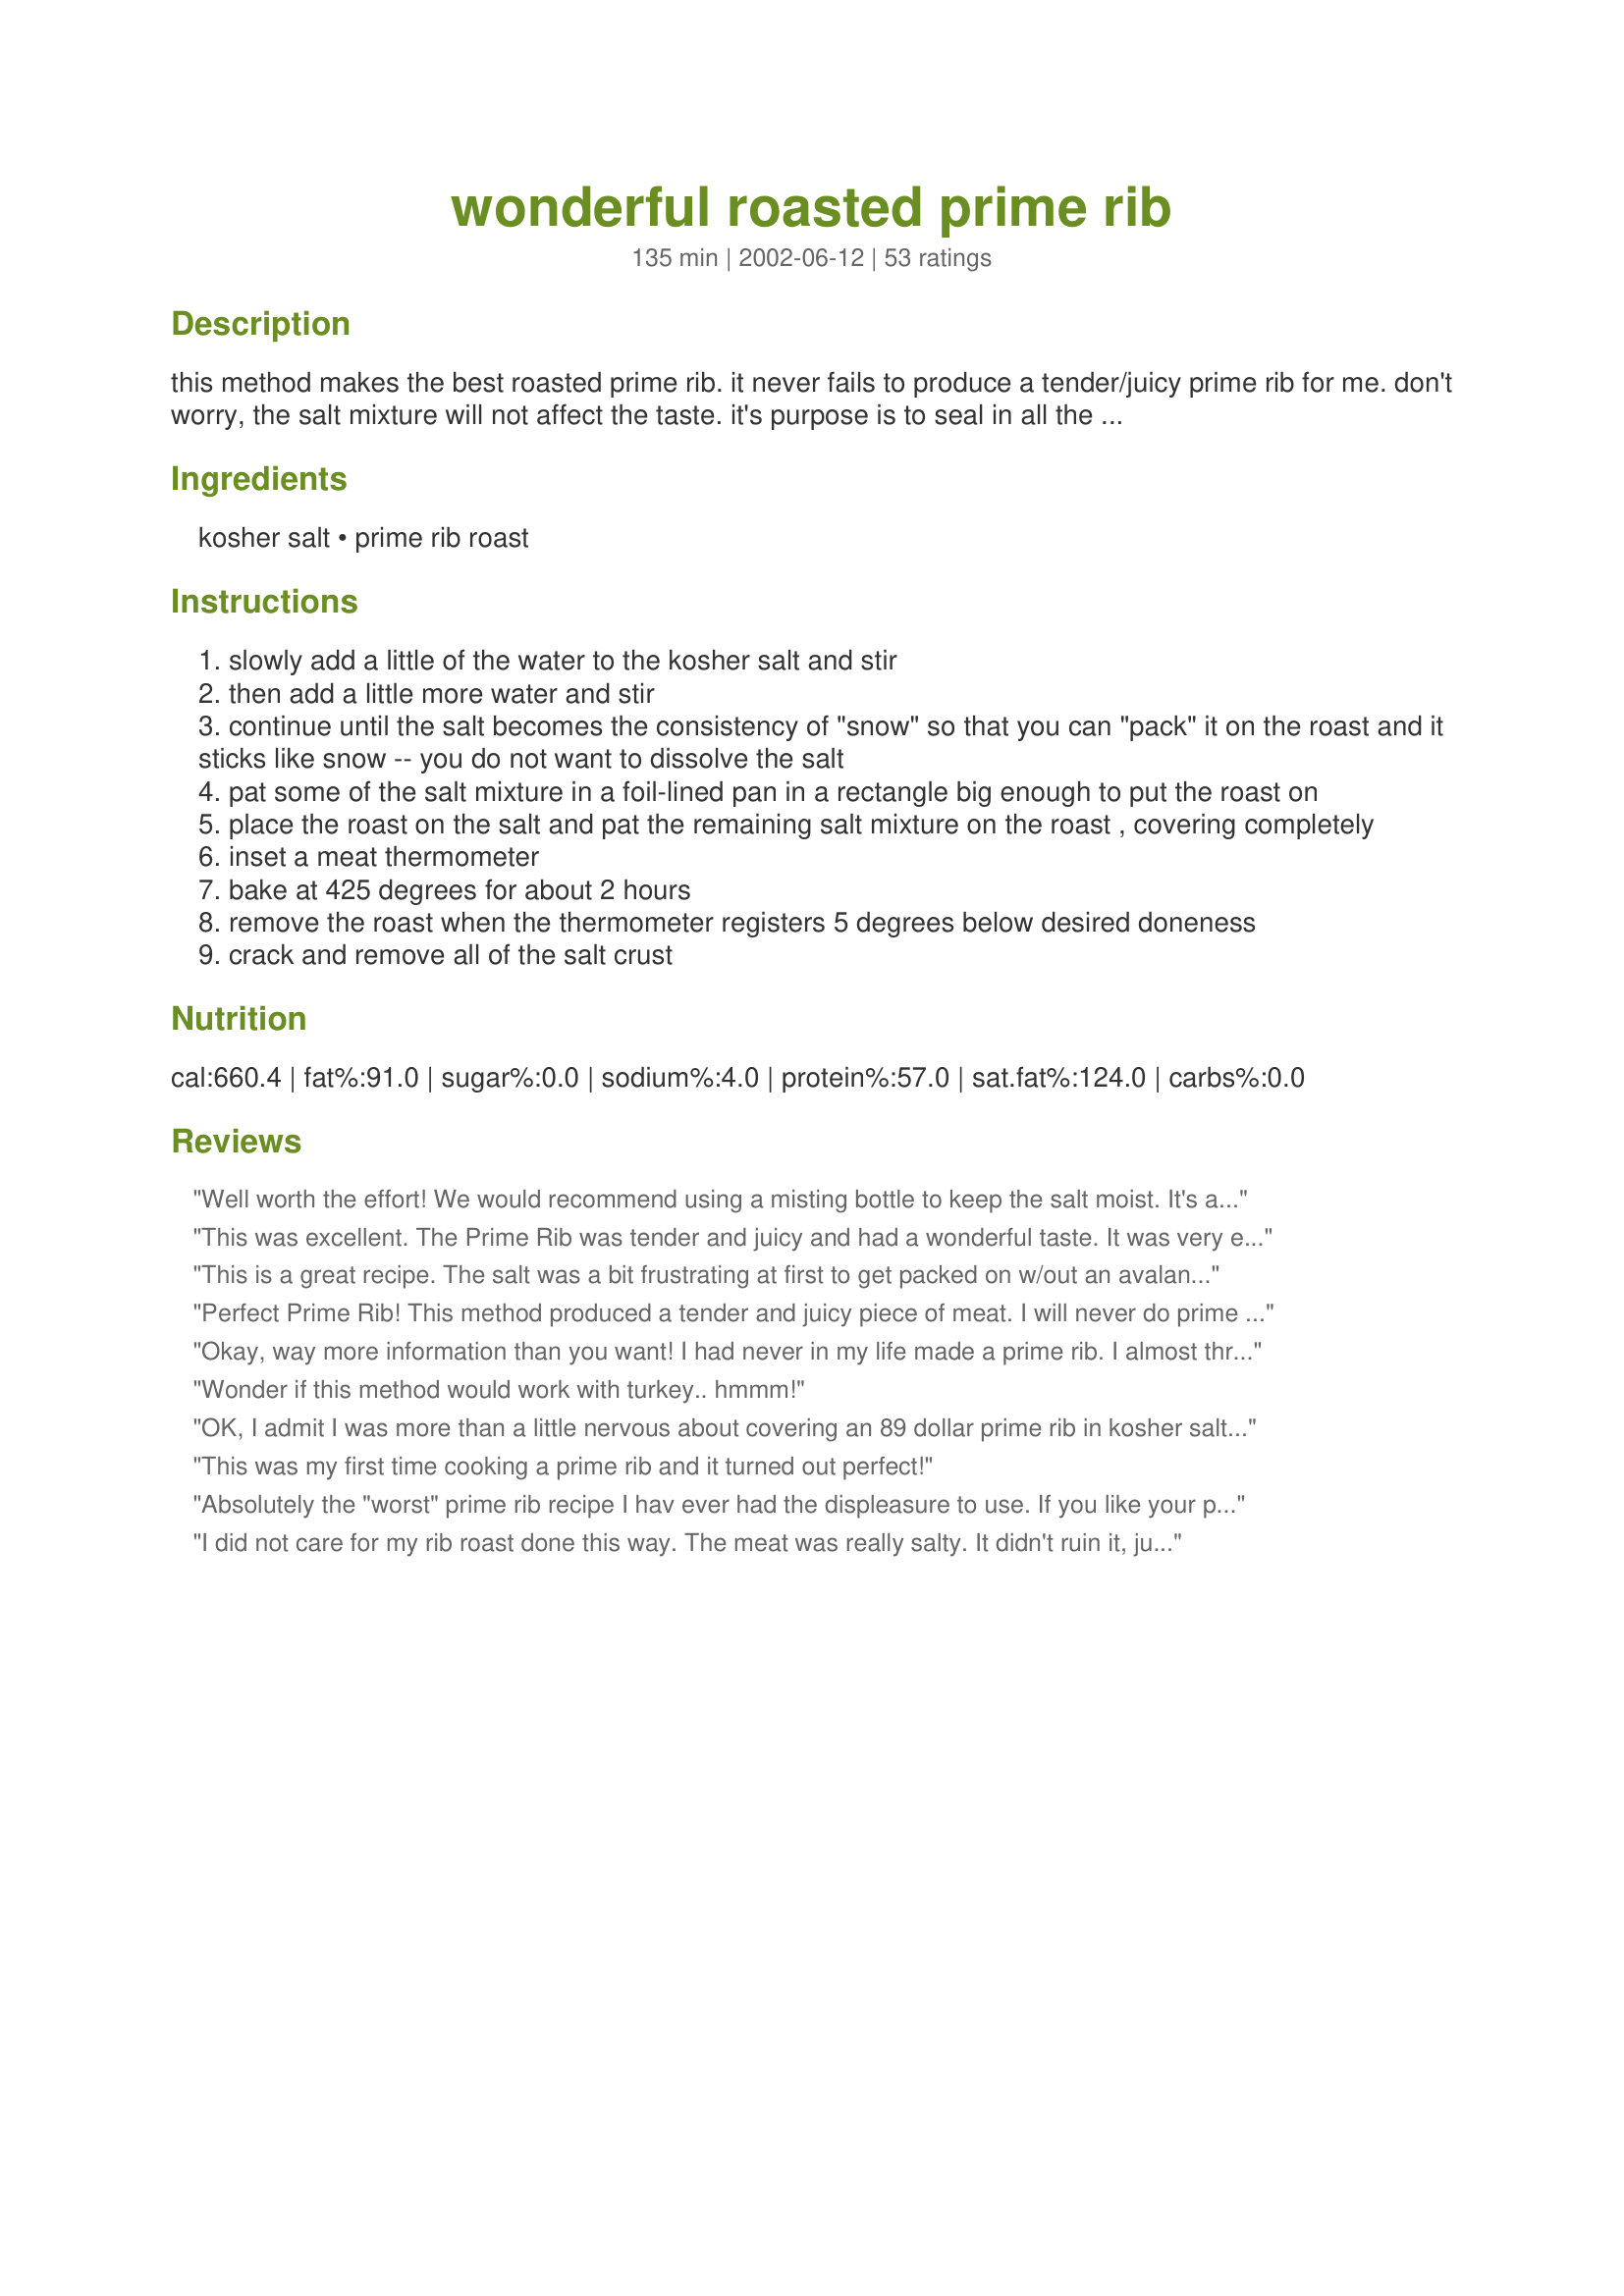
wonderful roasted prime rib
Preparation time: 135 minutes

this method makes the best roasted prime rib. it never fails to produce a tender/juicy prime rib for me. don't worry, the salt mixture will not affect the taste. it's purpose is to seal in all the flavor and juices.

Ingredients:
kosher salt, prime rib roast

Steps:
slowly add a little of the water to the kosher salt and stir
then add a little more water and stir
continue until the salt becomes the consistency of "snow" so that you can "pack" it on the roast and it sticks like snow -- you do not want to dissolve the salt
pat some of the salt mixture in a foil-lined pan in a rectangle big enough to put the roast on
place the roast on the salt and pat the remaining salt mixture on the roast , covering completely
inset a meat thermometer
bake at 425 degrees for about 2 hours
remove the roast when the thermometer registers 5 degrees below desired doneness
crack and remove all of the salt crust

Reviews:
Well worth the effort! We would recommend using a misting bottle to keep the salt moist. It's a bit hard to balance between too dry & just right. Will definitely make this again!
This was excellent. The Prime Rib was tender and juicy and had a wonderful taste. It was very easy to prepare. It got rave reviews at my dinner party.
This is a great recipe. The salt was a bit frustrating at first to get packed on w/out an avalanche occurring, but I managed. It is no hassel after that. Just set in oven and Fahgetaboutit! I will add garlic slivers next time for added flavor. The roast was so tender, I will definately make this again. I let my roast sit out for 3 hours to come up to room temp. before putting in oven... I know the health dept. would go crazy over this, but we survived!
Perfect Prime Rib! This method produced a tender and juicy piece of meat. I will never do prime rib any other way. I agree with Laurita, its like packing snow on a piece of meat. What a riot!
Okay, way more information than you want! I had never in my life made a prime rib. I almost threw up when I received my $78.00 6 pound prime rib roast. Hyperventilating I tried my darndest to encase in the 3 pounds of salt "snow". It took me 30 minutes to get it saturated. 30 minutes into the oven, the salt crust had developed significant breakages which I called "windows". I was now terrified that I had just ruined $78.00 worth or meat. NOT! It was/is delicious. Will make again as soon as I find a big wad of extra cash.
Wonder if this method would work with turkey.. hmmm!
OK, I admit I was more than a little nervous about covering an 89 dollar prime rib in kosher salt, but I bit the bullet and it was probably the best I've ever eaten, let alone made. I had no problems with getting the salt crust to stick and after exactly 2 hours as stated a 7 lb prime rib was done to perfection. THANX!
This was my first time cooking a prime rib and it turned out perfect!
Absolutely the "worst" prime rib recipe I hav ever had the displeasure to use. If you like your prime rib to be steamed, you'll just love this. Nothing at all like I had imagined it. I usually sear my prime rib at a highrt oven temp, then turn it down and slow roast with a garlic/rosemary and EVOO brushed on it, 20 min per lb and it comes out perfect every time. Thank God, I did not do this for Christmas dinner, but rather to celebrate a Baltimore Ravens play-off victory. I think even a raven would of scorned this "pot roast". Never again!!!
I did not care for my rib roast done this way. The meat was really salty. It didn't ruin it, just way too salty for my taste. Also, the roast looked beautiful, medium rare, but it was really dry. I would not try this again.
This is by far the best Prime Rib recipe I have found, I'll ber honest the salt threw me for a little, but it has no ill effects on the taste.
This one is a keeper for life..
Hello Merlot;
It took me a long time to decide to try and cook the marvelous Prime Rib as per your recipe.
Well, the results were absolutely fantastic. Amazing how the salt forms a crust on the roast.
I enjoy the roast medium-rare and I must say, this is exactly how it turned out.
Being a lover of garlic, I inserted many garlic pieces in the roast. Oh yes, the Prime Rib was 7 1/2 pounds, with bone ribs.
I cooked mine in the Ron Popiel Barbecue Rotissiere, and it was done to perfection.
I always cooked a good roast, but this method beats mine all to heck.
So, I have no choice now, but to cook it your way. YUMMY GOOD!!
Thank you for sharing.
"Uncle Bill"
I had never made anything similar to this prior to coming across this recipe. This was by far the easiest dish I've ever made for company. I chose an 8lb roast, prepared the salt covering, stuck a thermometer in it and cooked it until it reached 160 degrees, which was a little over 2 hours. Everyone loved it, the meat was tender and juicy, and the roast was swollen with all of the juice trapped inside due to the salt crust. This recipe is definitely worth trying.
This was my first year cooking a roast that was covered with salt. I had a 9 lb boneless roast. Instead of cooking it at 425 I wanted to cook it on a lower temperature so that the roast would cook inside and out at the same time....pink from outside to the center. I cooked it on 350 for 2 and 30 minutes and it was the juciest and tastiest meat I have ever had. Thank you so much for the great recipe. I will continue to cook my prime rib this way for years to come.
I've used a recipe very similar to this one for years that I got from a Chef at Conrad Hilton College. This one is dead on. One side note, you can also add either egg whites or a little flour as a binding agent to help hold the salt together.
I fixed this for Christmas last year and it was FANTASTIC! Unfortunately, I can't remember if I used a rolled or standing roast. Which is better?
Wow! this recipe made Christmas dinner even more spectacular. We just did as it said, didn't add any additional seasonings, and it was delicious! Probably will always do it just like this.
As others have stated, I was a bit nervous is trying this, but I shouldn't have been! This makes the best prime rib and it didn't need any extra seasonings. I did have some trouble getting the salt to stick, and was nervous when after an hour I peeked into the over and discovered that some of the salt crust had cracked off. But I shouldn't have worried, it was absolutely perfect. Thank you!
Hi Merlot!! As you know I fixed your prime rib and it didn't work.
Well the reason it didn't work I didn't "do" it right--lol
Had the butcher cut me a 5 lb roast,used the whole 3 lb box of kosher salt.I did have a bit of trouble keeping the salt on the sides of the roast.Anyway it came out perfect.The salt looked like a mold when I cracked it off the roast--cool :0)
I will never make my prime rib any other way.
Thank you so much for sharing your recipe:0)
This makes the best prime rib ever! The shell of salt is also fun to take off at the end making it fun to make and great to eat!
This roast is SUPERB! My husband and I invite people over to our home so we have an excuse to prepare this delicious meal! The salt really seals in the flavor and makes the meat incredibly tender. Thanks for this great post, Merlot!
Excellent Prime Rib! My husband of 18 years told me this was the best meal I'd ever prepared... The salt was a little bit of a pain, but eventually I got it to stick. In the oven the salt cocoon did crack, but the finished product was tender and juicy so it must not have made a difference.
I've got to admit this one takes alot of courage to make!

I cooked a 14 lb Prime rib and what an amazing flavor. It took 9 lbs of Kosher Salt to cover it all!

*note*

Salt should be removed BEFORE covering with foil to rest, otherwise it will keep on cooking inside the salt crust!

Thank You Merlot, for this awesome recipe! 5 starsplus!
This was an awesome easy to follow recipe. The taste was wonderful! My family now wants me to make this monthly. Thanks so much!
Just had to all the wonderful reviews! Just took it out of the oven and OMG - it tastes wonderful!
My first attempt at Prime Rib making it at home. All I have to say is "Outback who?"!!!!!!!! Perfect!
This was my first attempt at prime rib and it turned out great! We thought the salt was crazy, but there were enough good comments that we did it. I think I got the salt a bit too wet and you'll want to avoid doing that. Enough of it stuck to the roast to do the job. Mine was just over 6 lbs and took just over 2 hours. Fabulous!
This is the best prime rib I have ever had. It was so tender and full of flavor. Thanks Merlot for posting this recipe. It is a keeper.
I want to report that this works wonderfully with other cuts of beef besides prime rib. I had a piece of eye round, just short of four pounds, and gave this a try. It was far and away the BEST beef I have ever roasted! This is a fun and effective cooking method and really gives such great flavor and tenderness and juiciness to the meat. Great recipe, Merlot!
Me and my husband tryed this recipe for our first time making Prime Rib and didnt enjoy it at all....and the salt soaks up all your juice if you wanted to use it for your Au jus sauce....so just something to think about!
It is very hard to get the salt to stick to the meat but once it does it works out fine. It was very scary to put all that salt on such good meat but it doesn't effect the tatse at all...at least not for the bad. i sliced small holes into the meat and inserted garlic coves in it. Then I peppered it before I put the salt on it. I must say all of my dinner guests said that it was better than resurant quality and I agree.
I'm no Julia Childs by any means! The kosher salt mix really scared me but to my surprise...VOILA!!! My family loved it and i'm so glad i tried it. THIS IS ABSOLUTELY THE BEST
The best prime rib on the planet. OMG!!! I made this while on vacation in Hawaii, for my parent's anniversary party. My husband, who is always trying to get in my business, thought I was going to ruin it with all the salt. This was yet another opportunity for me to prove him wrong. ;) We like our meat medium so I took it out at 155 and it was a perfect pale pink on the inside and very juicy. I made an au jus to go with it. A feast fit for kings. Thank-you Merlot.
Okay, I've been getting recipes off this site for years, but never signed up. YOU MADE ME WANT TO!!! My husband told me I was crazy for ruining a perfectly "expensive" piece of meat with all that salt. I struggled with whether I was going to do it or not. I wanted a non-traditional Thanksgiving meal, and that Prime Rib set it off!!! It was absolutely scrumptious.... (I was hiding it from my guests) lol
I'm a believer!! I used a prime rib cut that I had bought on sale so I wouldn't feel as bad if it didn't work out. When I took the roast out of the oven, my hubby said "WHAT is THAT?" After we finished dinner he said "THAT was GOOD!" Thanx for another winner Merlot!
After looking at all the reviews, I tried this recipe. It looked really promising. 

We could not get the salt to stick to meat for anything. Fortunately, we had a box and a half of Morton's Kosher Salt to work with, but it was so hard to do. We tried wetter, we tried drier, it just wasn't working.

Flash forward almost an hour. of attempting crust....

Once we had finally semi-decent crust, I put my prime rib in the oven at 425 for an hour and a half because the recipe called for two hours for 4-6 pounds and my cut was 3 pounds. I was horrified to see the meat thermometer at 170 when I checked after 90 minutes!

The crust was crusty, but a bunch of the salt stuck to the meat, and despite a good amount of scraping, it was stilll really salty. And WAY overcooked. 

I ruined a pricey piece of meat and a NYE dinner for this recipe. I was terribly disappointed.
This was my first attempt at prime rib and salt incrusting. It turned out wonderful./ A lot better than many I have had in restaurants. I did shove several cloves of garlic into the roast before applying the salt.
I did have a little trouble getting the salt to stick. Next time maybe use a pan that is close to the size of the roast and let the sides of the pan help hold the salt on.
This recipe made a perfect, juicy, delicious prime rib! It was easy to make, but since my roast was smaller sized, it got a little overdone for my taste, but was still delicious!
This was great, but you definitely need to add a generous amount of pepper on this roast before packing on the salt.
Excellent, first time I made Prime Rib. Was a little skeptical about salt, was surprised tender and juicy tasting
this IS the only way to do prime rib. My mother will only eat my prime rib now.
I wasn't going to make this because I didn't have a full box of kosher salt. But then I realized my roast was only 3 1/2 lbs so I went ahead and made it! I had more than enough kosher salt. It was the best prime rib I've made!! I think next time I may poke it with some garlic cloves. We have enough leftover to have another dinner tonight!
Wow! This was the best Prime Rib I've ever made! I fixed it for our Christmas dinner this year and was very pleased with the results. For years, our very favorite restaurant in Seattle is a place that fixes their prime rib this way. I never thought I'd be able to duplicate the meal at home. The only thing I did differently was that I sprinkled the roast with some garlic powder before I added the salt crust. This will definitely be made often in the future!
Made this twice now and its a wonderful way to do a roast. The second time I added rosemary, garlic and freshly ground pepper. Also had a smaller size roast and there for used less salt. This is fun to prepare and to serve. Thanks for posting this Merlot!
Like everyone says, sounded kind of wierd, but why not try it? While in Spain, they used to do a very similar thing to whole fish. They would be covered with a very hardcoat of salt (like this), they bring it to the table and break it off. You would think that you would choke from the salt taste. That's what's so neat, it doesn't have one. I have never prepared prime rib at home, and this is a pretty easy way to do it. I have the problem of husband preferring medium, I like rare. So, I pulled it out at about 135, apparently, it continues to cook while it sits. It came out a perfect medium rare, so tender and tasty. Nice compromise. I may add some spices (maybe a Jamaican Jerk blend)around the fat edges before covering it with salt the next time, just for kicks. Putting the salt on is kind of like packing snow on, kind of wierd, but it works and speeds up the cooking time without sacrificing tenderness. I made the horseradish sauce from Miss Annie's recipe and an au jus. This was better than any restaurant prime rib!
Well I can't say enought about the awesome method to cook a prime rib. I, as others were, was horrified about ruining a $90 piece of meat, but after reading all of the reviews, I felt a little more comfortable about it. I thought Dave was going to have a heart attack. He took about 50 photos because as he said "I want to document this $90 cooking experience". The meat was absolutely the best I have ever made. Full of juice and flavor. I made slits all over the meat and inserted slits of garlic. Sprinkled the meat with fresh ground pepper and fresh cut rosemary. What a great Thanksgiving we had. Only problem, and there always seems to be with me is my meat thermometer was defective and at 2 hours it was a little more done that I had hoped for, but still the flavor was all there. Thanks Merlot for a fabulous meal.
I bought a 2.5 lb. prime rib for the two of us and used most of a full box of salt. The prime rib was delicious! It is scary to put all that salt on such expensive meat, but it is definitely worth it in the end. I cooked it to 140 and it was a perfect medium rare. Thanks!
After trying a few different methods for prime rib found on 'Zaar, I've now successfully used this twice for holiday meals. Its the only way I'll cook this expensive cut of meat from now on. Only change is that I insert cloves of garlic thru slits in the meat 24 hours before making the roast. The salt keeps it tender and juicy while adding mild flavoring to the slightly garlicky taste of the roast. My family prefers this home version to any we've had at the high-end restaurants! Thanks for sharing, Merlot!
Just came back to look at this recipe, as I am going to make it a second time. Apparently, I forgot to review it the first time. Superb. As with everyone else, the salt thing struck me as weird... but it behaves as promised. Thanks. :) Using it again this Sunday! Edit: Used it successfully a second time. Thanks! Edit: I never use any other for a good quality prime rib. Got one at Wegmans last weekend. MmMMmMm
Just had to try this method of cooking prime rib. Never made a salt slurry before and I may have added to much water because it kept sliding off the roast. 
Got it together and the roast was great. Served it with yorkshire pudding and caesar salad. Dinner guests raved. Next time I may season the roast with some garlic and black pepper.
Great way to make a prime rib. I got rave reviews. Thanks for an easy and yummy recipe.
Wow was this excellent! This turned out really juicy and the method was very unique! The outside was just a tad salty but it didn't stop me from eating it. Thanks!
This is a GREAT recipe! I worked at a restaurant a long time ago that did their Prime Rib this way. This is THE best! Thanks for posting, Merlot, I love your recipes!
